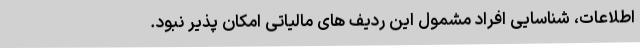
اطلاعات، شناسایی افراد مشمول این ردیف های مالیاتی امکان پذیر نبود.